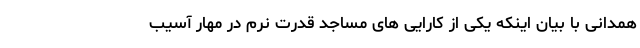
همدانی با بیان اینکه یکی از کارایی های مساجد قدرت نرم در مهار آسیب